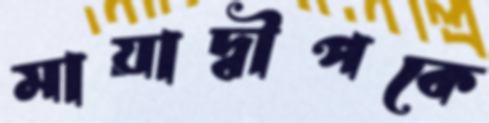
মায়াদ্বীপকে